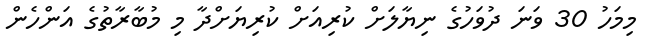
މިމަހު 30 ވަނަ ދުވަހުގެ ނިޔާލަށް ކުރިއަށް ކުރިޔަށްދާ މި މުބާރާތުގެ އަންހެން